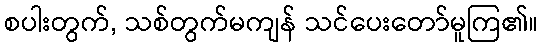
စပါးတွက်, သစ်တွက်မကျန် သင်ပေးတော်မူကြ၏။